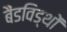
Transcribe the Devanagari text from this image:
बैंडविड्थों